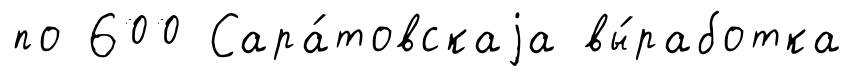
по 600 Сара́товскаjа вы́работка